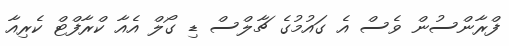
ފްރާންސުން ވެސް އެ ގައުމުގެ ޗާލްސް ޑި ގޯލް އެއާ ކްރާފްޓް ކެރިއާ